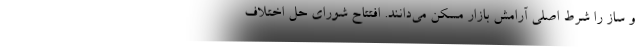
و ساز را شرط اصلی آرامش بازار مسکن می‌دانند. افتتاح شورای حل اختلاف